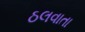
ઠલવાતા